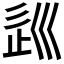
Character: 𡿽